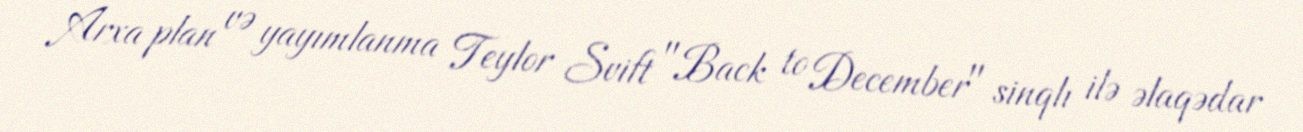
Arxa plan və yayımlanma Teylor Svift "Back to December" sinqlı ilə əlaqədar